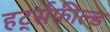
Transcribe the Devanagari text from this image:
हर्ट्सफील्ड